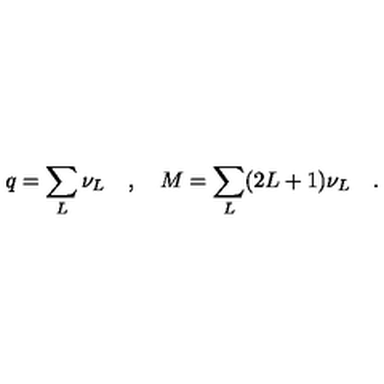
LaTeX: q = \sum _ { L } \nu _ { L } \quad , \quad M = \sum _ { L } ( 2 L + 1 ) \nu _ { L } \quad .